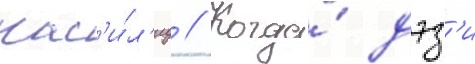
нас'и́л'иу // Когда́ дэз'и